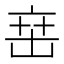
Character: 𬽍